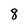
Character: 8